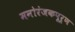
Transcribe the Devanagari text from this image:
मनोरंजकपूर्ण